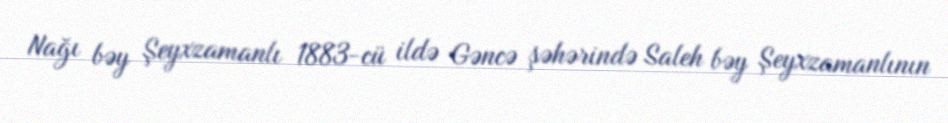
Nağı bəy Şeyxzamanlı 1883-cü ildə Gəncə şəhərində Saleh bəy Şeyxzamanlının